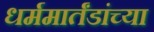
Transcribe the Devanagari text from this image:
धर्ममार्तंडांच्या